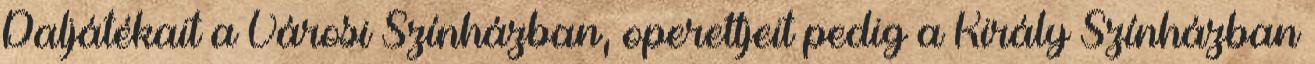
Daljátékait a Városi Színházban, operettjeit pedig a Király Színházban